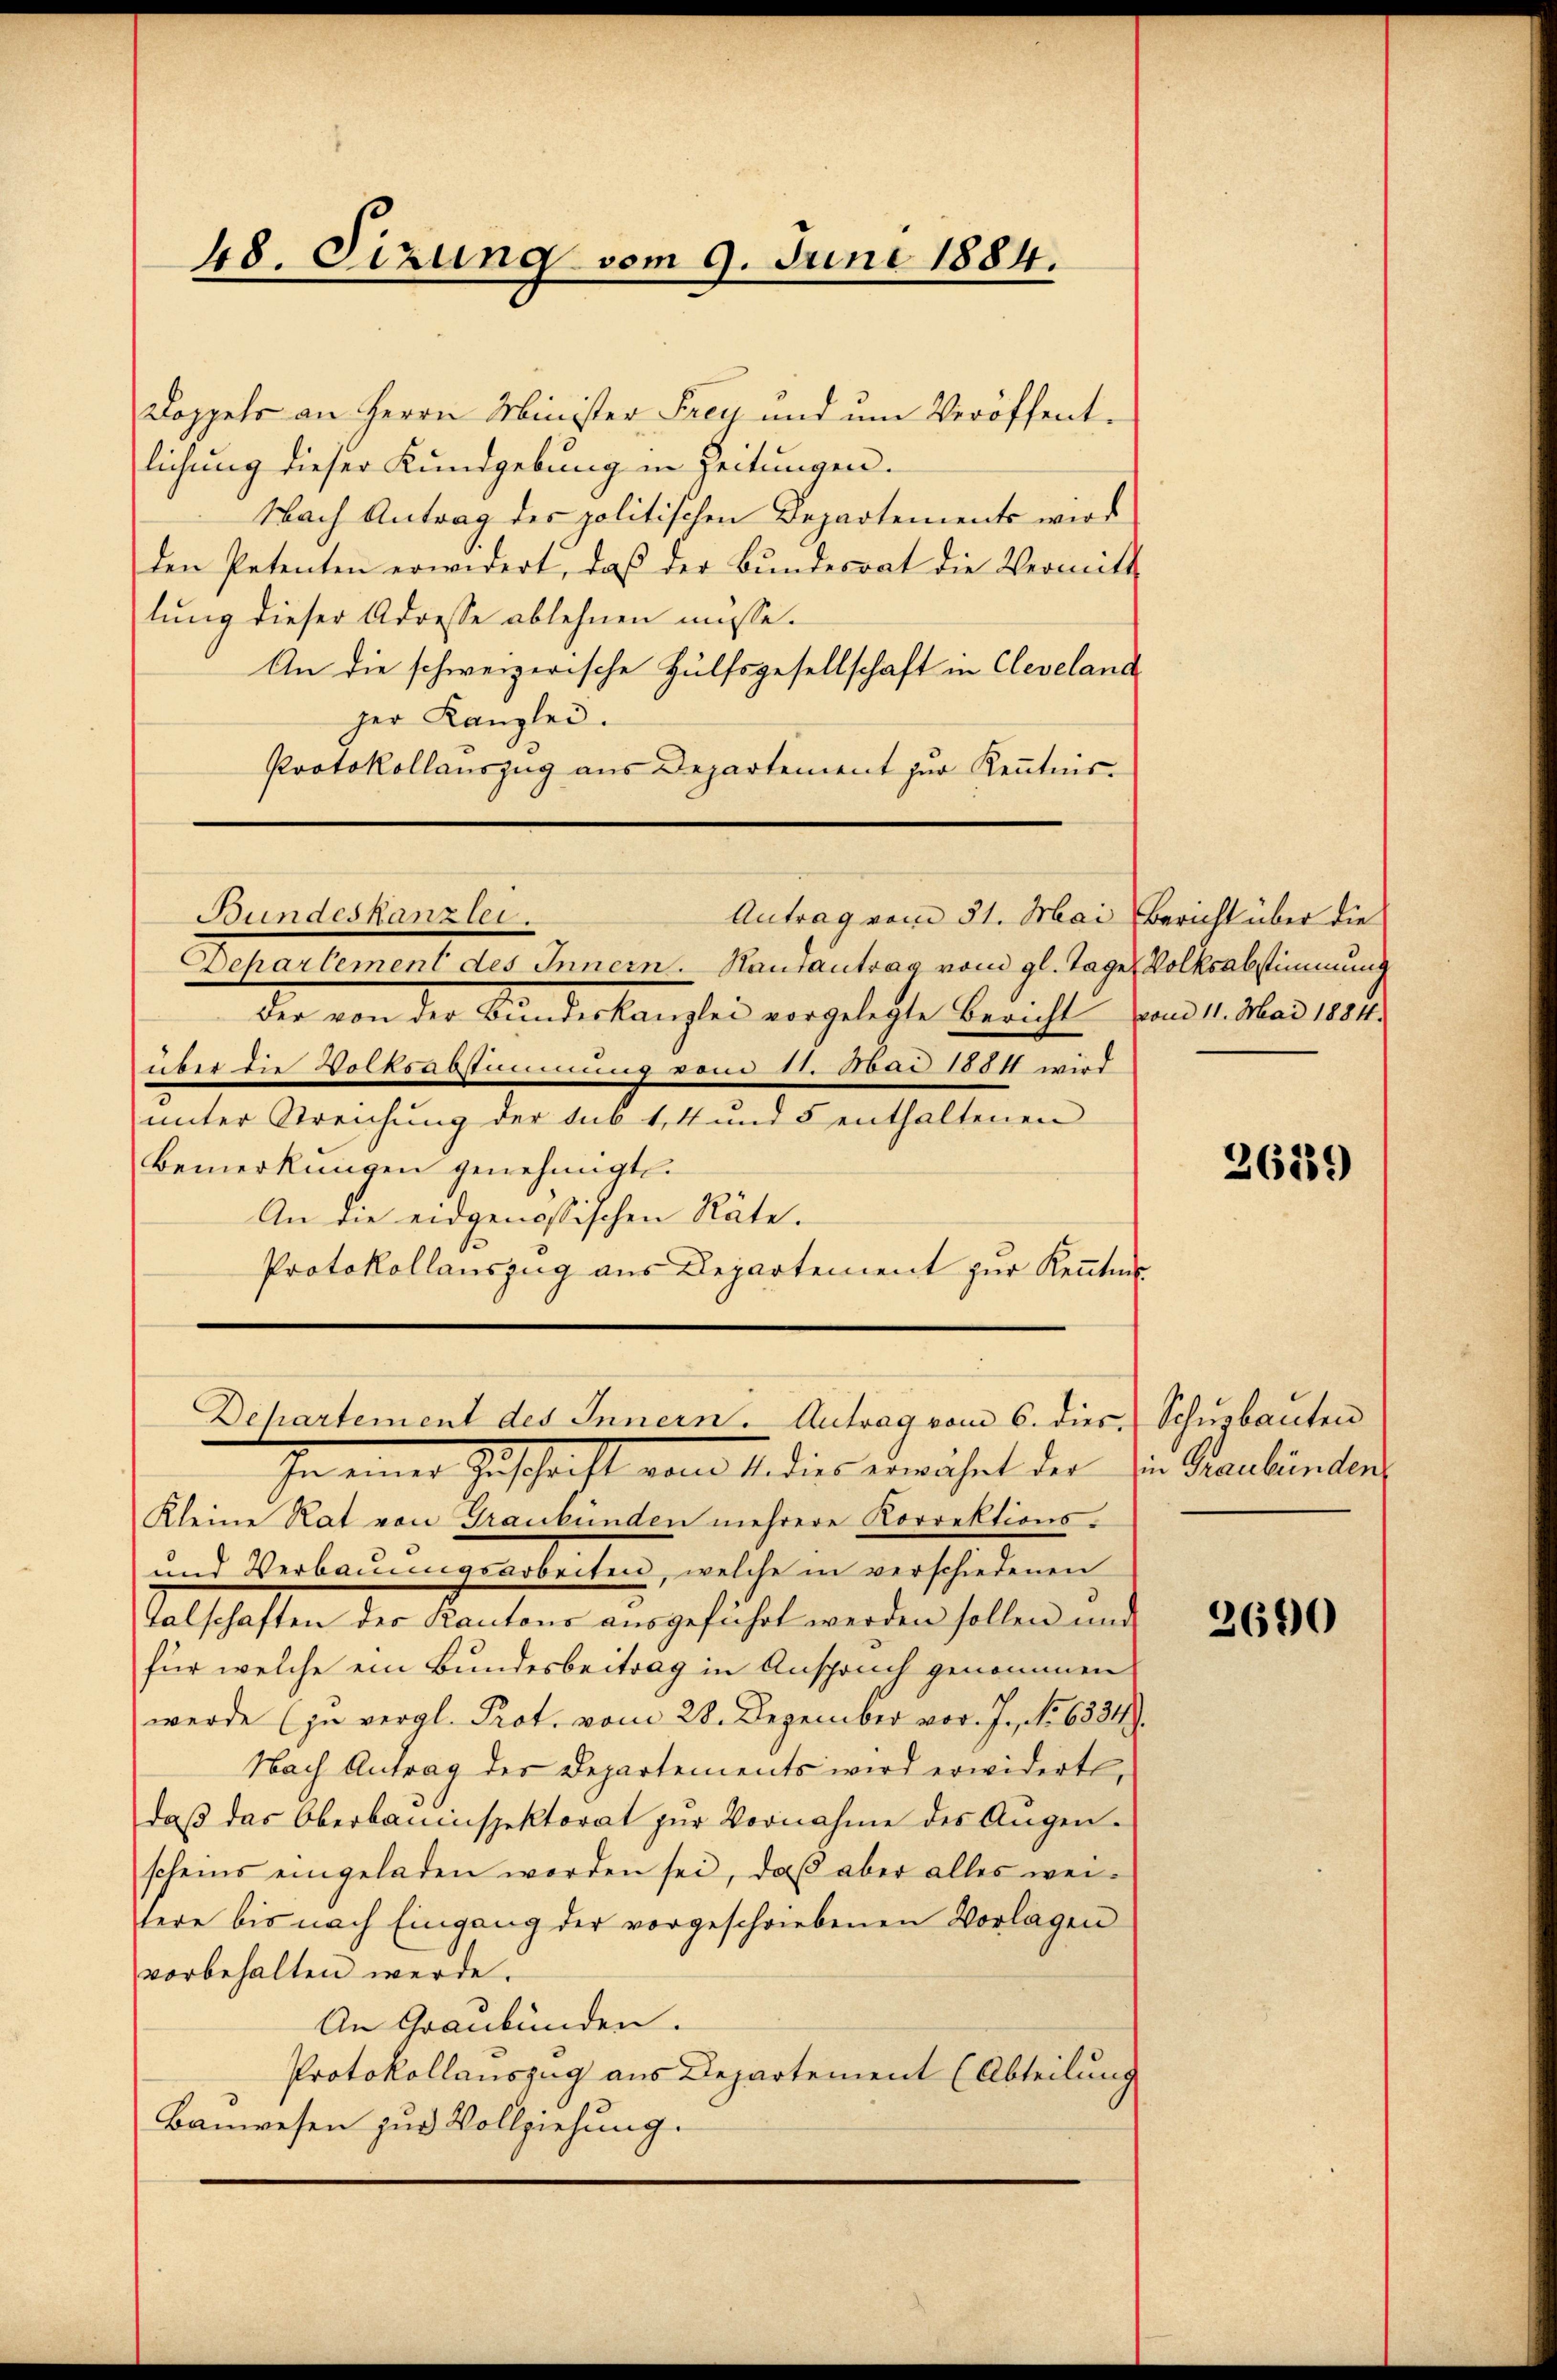
48. Sizung vom 9. Juni 1884.

Doppels an Herrn Minister Frey und um Veröffentlichung dieser Kundgebung in Zeitungen.
Nach Antrag des politischen Departements wird
den Petenten erwidert, daß der Bŭndesrat die Vermitt
lung dieser Adresse ablehnen müsse.
An die schweizerische Hülfsgesellschaft in Cleveland
her Kanzlei.
Protokollauszug aus Departement zur Kenntnis-

Bundeskanzlei.
Antrag vom 31. Mai Bericht über die

Departement des Innern. Hautantrag vom gl. Tage Volksabstimmung
Die von der Bunderlangten vorgelegte Bericht vom 1. Mai 1891.
nert die Volkonstimmung sind 11. Boud 18811 wird
unter Streichung der sub 14 und 5 enthaltenen
Bemerkungen genehmigt.
An die eidgenössischen Räte.
Protokollauszug aus Departement zur Kenntnis

Departement des Innern. Antrag vom 6. dies Schuzbauten

In einer Zuschrift vom 1. dies erwahrt der
Kleine Rat von Graubünden mehrere Korrektions-
und Verbauungsarbeiten, welche in verschiedenen
Talschaften des Kantons ausgeführt werden sollen und
für welche ein Bundesbeitrag in Anspruch genommen
werde (zu vergl. Prot. vom 28. Dezember vor. J., No 6334.
Nach Antrag des Departements wird erwidert,
daβ das Oberbauinspektorat zŭr Vornahme des Augen-
scheins eingeladen worden sei, daß aber alles weitere bis nach Eingang der vorgeschriebenen Vorlagen
vorbehalten werde.
An Graubünden.
Protokollauszug aus Departement (Abteilung
Bauwesen zur Vollziehung.

2619

in Graubünden.

2690